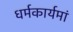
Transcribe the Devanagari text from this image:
धर्मकार्यमां